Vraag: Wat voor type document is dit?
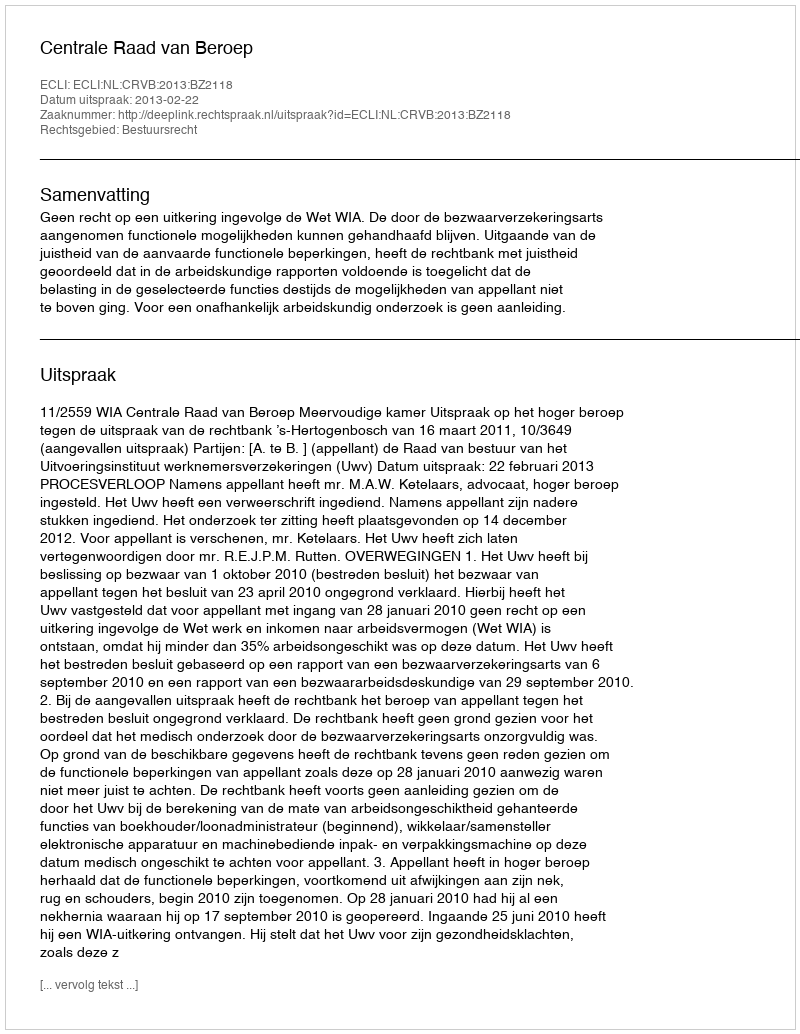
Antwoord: Uitspraak